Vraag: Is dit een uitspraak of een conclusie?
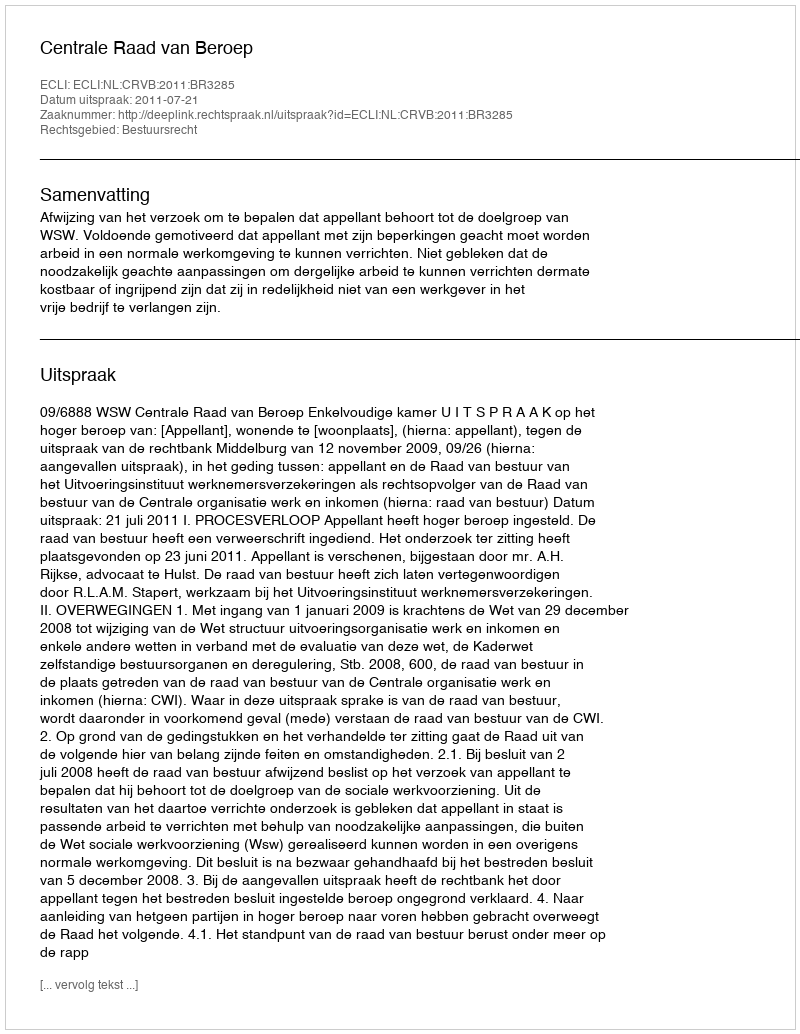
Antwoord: Uitspraak